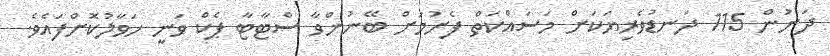
ދަށުން 115 ދަނޑުވެރިޔަކަށް މަސައްކަތް ފެށުމަށް ބޭނުންވާ ސްޓާޓާ ޕެކް ވަނީ ހަވާލުކޮށްފައެވެ.